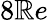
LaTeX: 8\mathbb{R}e